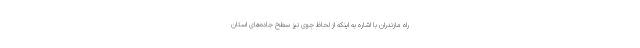
راه مازندران با اشاره به اینکه از لحاظ جوی نیز سطح جاده‌های استان